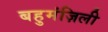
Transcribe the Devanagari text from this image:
बहुमंज़िली